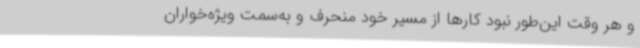
و هر وقت این‌طور نبود کارها از مسیر خود منحرف و به‌سمت ویژه‌خواران